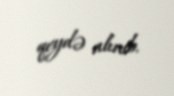
qeydə alınıb.